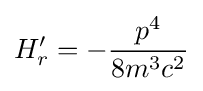
H_{r}^{\prime }=-{\frac {p^{4}}{8m^{3}c^{2}}}